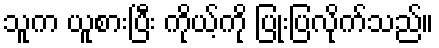
သူက ယူစားပြီး ကိုယ့်ကို ပြုံးပြလိုက်သည်။